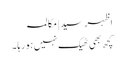
اظہر سید | مکالمہ
کچھ بھی ٹھیک نہیں ہو رہا ۔